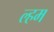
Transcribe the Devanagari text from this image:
ल्हम